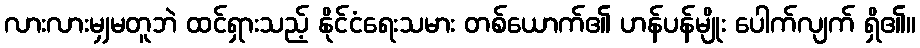
လားလားမျှမတူဘဲ ထင်ရှားသည့် နိုင်ငံရေးသမား တစ်ယောက်၏ ဟန်ပန်မျိုး ပေါက်လျက် ရှိ၏။